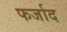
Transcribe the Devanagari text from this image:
फर्जाद